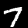
Label: 7